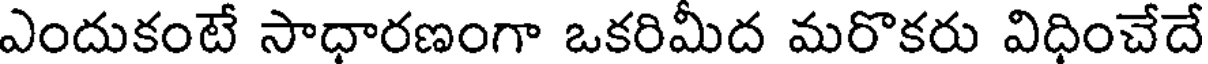
ఎందుకంటే సాధారణంగా ఒకరిమీద మరొకరు విధించేదే